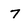
Character: 7